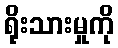
ရိုးသားမှုကို